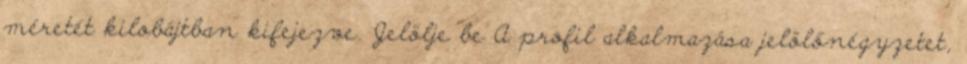
méretét kilobájtban kifejezve. Jelölje be A profil alkalmazása jelölőnégyzetet,